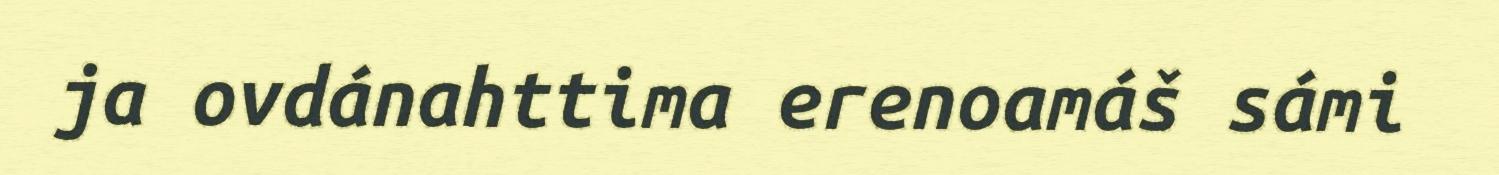
ja ovdánahttima erenoamáš sámi